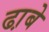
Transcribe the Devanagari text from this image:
ढा़बे